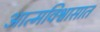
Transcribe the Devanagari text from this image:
आत्मविश्वासात